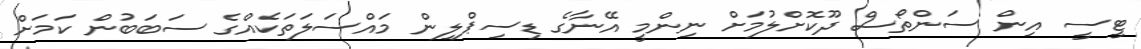
ޓީސީ އިން ސަންތޯސް ދޫކޮށްލުމަށް ނިންމީ އޭނާގެ ޑިސިޕްލިން މައްސަލަތަކެއްގެ ސަބަބުން ކަމަށް